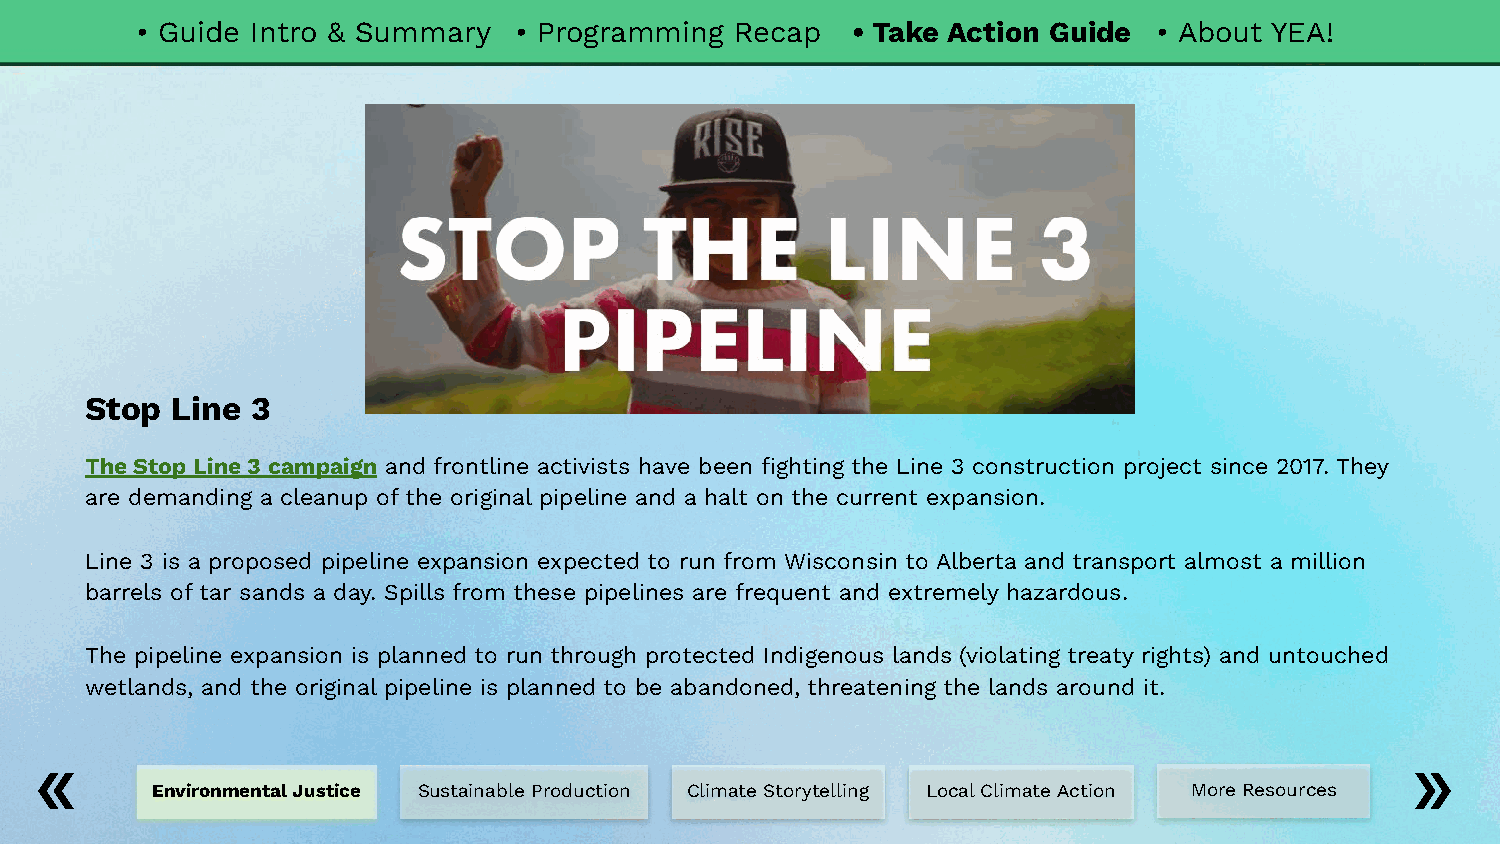
• Guide Intro & Summary  • Programming  Recap  • Take Action Guide  • About YEA!
 Stop Line  3
 The Stop Line 3 campaign and frontline activists have been fighting the Line 3 construction project since 2017. They
 are demanding a cleanup of the original pipeline and a halt on the current expansion.
 Line 3 is a proposed pipeline expansion expected to run from Wisconsin to Alberta and transport almost a million
 barrels of tar sands a day. Spills from these pipelines are frequent and extremely hazardous.
 The pipeline expansion is planned to run through protected Indigenous lands (violating treaty rights) and untouched
 wetlands, and the original pipeline is planned to be abandoned, threatening the lands around it.
 Environmental Justice Sustainable Production Climate Storytelling Local Climate Action More Resources